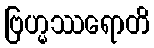
ဗြဟ္မဿရောတိ